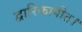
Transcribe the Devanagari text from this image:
द्वारिकापीठ।